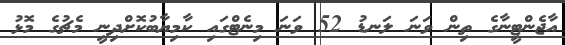
އާޖެންޓީނާގެ ތިން ވަނަ ލަނޑު 52 ވަނަ މިނެޓްގައި ކާމިޔާބުކޮށްދިނީ މެޗުގެ މޮޅު